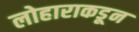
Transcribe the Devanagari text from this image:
लोहाराकडून